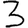
Digit: 3